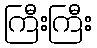
ကြီးကြီး